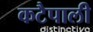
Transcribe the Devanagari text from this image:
कटैपाली